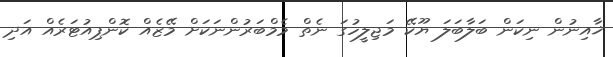
ޚާއިނުން ނިކަން ބަލާބަލަ ޔޫކޭ މަޖިލީހުގަ ނެތް މެމްބަރުންނަކަށް މޭޒެއް ކޮންޕިއުޓަރެއް އަދި